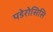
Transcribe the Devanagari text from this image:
पडेरोसिसि